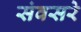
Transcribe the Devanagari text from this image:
संवसरे